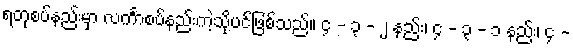
ရတုစပ်နည်းမှာ လင်္ကာစပ်နည်းကဲ့သို့ပင်ဖြစ်သည်။ ၄ - ၃ - ၂ နည်း၊ ၄ - ၃ - ၁ နည်း၊ ၄ -